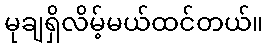
မုချရှိလိမ့်မယ်ထင်တယ်။